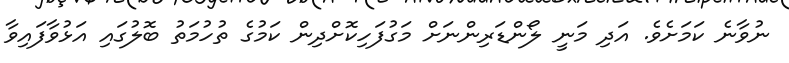
ނުވާނެ ކަމަށެވެ. އަދި މަނީ ލޯންޑަރިންނަށް މަގުފަހިކޮށްދިން ކަމުގެ ތުހުމަތު ބޮލުގައި އަޅުވާފައިވާ